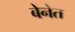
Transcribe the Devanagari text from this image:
बेनेत